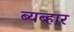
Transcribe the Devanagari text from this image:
ब्यब्हार